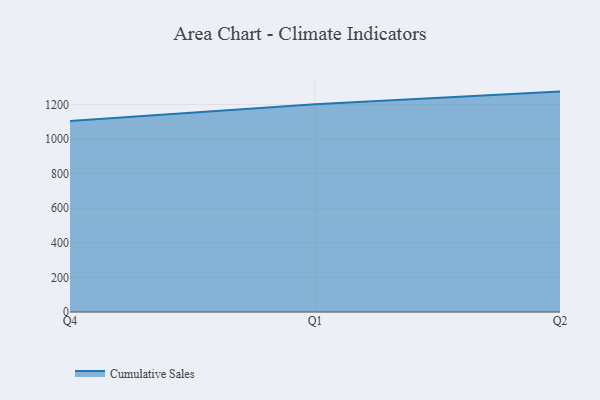
{"axis": {"x": "Quarter", "y": "Latency (ms)"}, "legend": ["Cumulative Sales"], "data": [{"x": "Q4", "y": 1104.4, "type": "Cumulative Sales"}, {"x": "Q1", "y": 1200.6, "type": "Cumulative Sales"}, {"x": "Q2", "y": 1274.2, "type": "Cumulative Sales"}]}